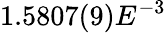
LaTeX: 1.5807(9)E^{-3}